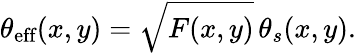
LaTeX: \theta_{\textrm{eff}}(x,y)=\sqrt{F(x,y)}\, \theta_{s}(x,y).